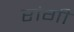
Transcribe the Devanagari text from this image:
रांगी